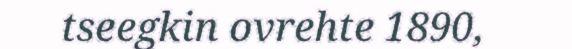
tseegkin ovrehte 1890,